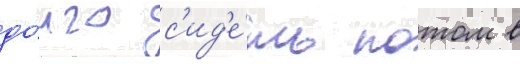
до́лго с'ид'е́ть потом в